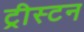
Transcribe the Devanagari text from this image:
ट्रीस्टन